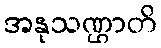
အနုသဏ္ဌာတိ